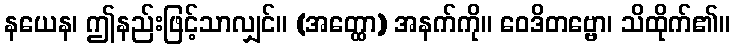
နယေန၊ ဤနည်းဖြင့်သာလျှင်။ (အတ္ထော) အနက်ကို။ ဝေဒိတဗ္ဗော၊ သိထိုက်၏။